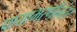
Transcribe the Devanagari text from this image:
पायाभरणीनंतर